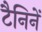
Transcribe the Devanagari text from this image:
टैनिनें